Scottish Certificate of Education, 1963
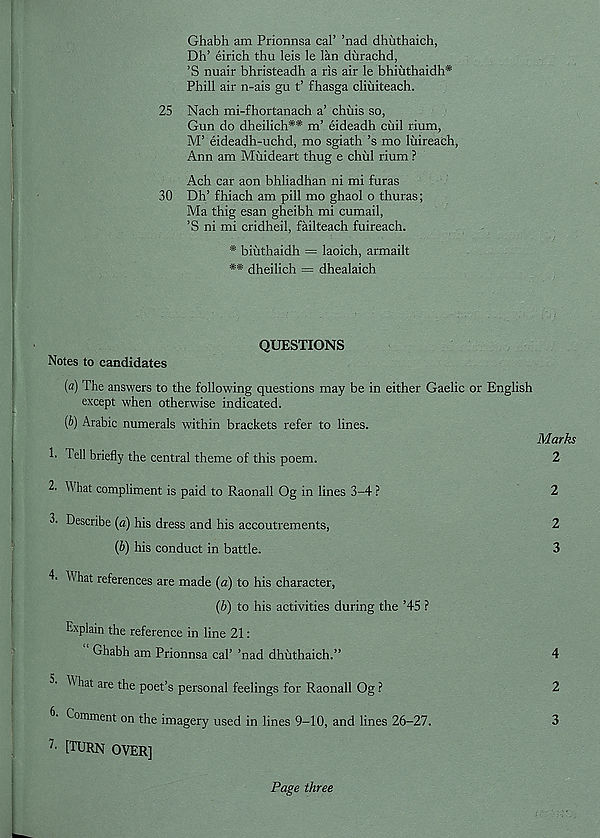
Ghabh am Prionnsa cal’ ’nad dhiithaich,
Dh’ eirich thu leis le lan durachd,
’S nuair bhristeadh a ris air le bhiuthaidh*
Phill air n-ais gu t’ fhasga cliuiteach.
25 Nach mi-fhortanach a’ chilis so,
Gun do dheilich** m’ eideadh ciiil rium,
M’ eideadh-uchd, mo sgiath’s mo liiireach,
Ann am Mixideart thug e chill rium ?
Ach car aon bhliadhan ni mi furas
30 Dh’ fhiach am pill mo ghaol o thuras;
Ma thig esan gheibh mi cumail,
’S ni mi cridheil, failteach fuireach.
* biixthaidh = laoich, armailt
** dheilich = dhealaich
QUESTIONS
Notes to candidates
{a) The answers to the following questions may be in either Gaelic or English
except when otherwise indicated.
[b) Arabic numerals within brackets refer to lines.
Marks
1- Tell briefly the central theme of this poem.
2
2. What compliment is paid to Raonall Og in lines 3-4 ?
2
3. Describe (a) his dress and his accoutrements,
2
(b) his conduct in battle.
3
4’ T hat references are made (a) to his character,
(b) to his activities during the ’45 ?
Explain the reference in line 21:
Ghabh am Prionnsa cal’ ’nad dhixthaich.”
4
T hat are the poet’s personal feelings for Raonall Og ?
2
Comment on the imagery used in lines 9-10, and lines 26-27.
3
[TURN OVER]
Page three